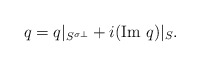
\begin{align*}q=q|_{S^{\sigma \perp}}+i (\textrm{Im }q)|_S.\end{align*}